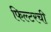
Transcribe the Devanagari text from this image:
फिल्टरची